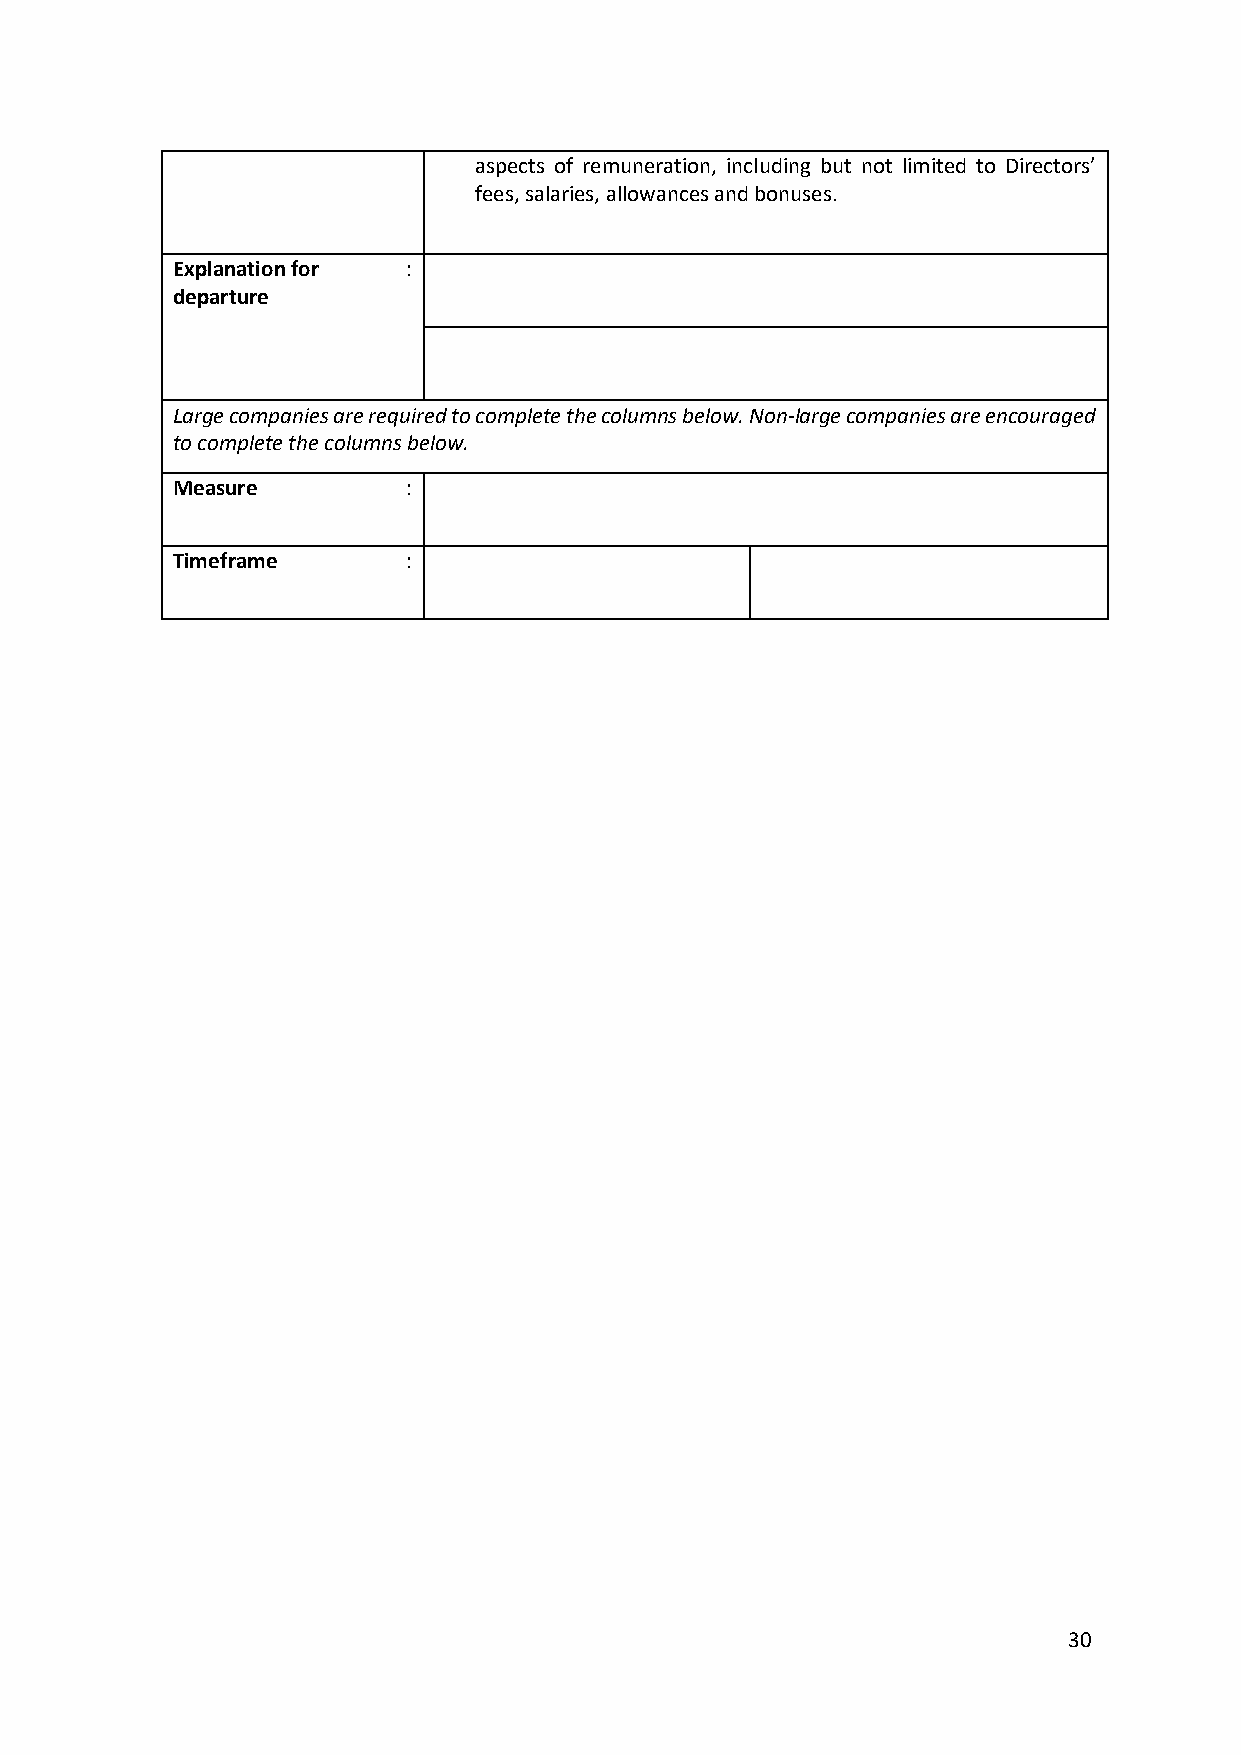
aspects of remuneration, including but not limited to Directors’
 fees, salaries, allowances and bonuses.
 Explanation for :
 departure
 Large companies are required to complete the columns below. Non-large companies are encouraged
 to complete the columns below.
 Measure         :
 Timeframe       :
 30